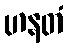
ဟနတံ